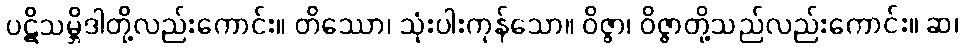
ပဋိသမ္ဘိဒါတို့လည်းကောင်း။ တိဿော၊ သုံးပါးကုန်သော။ ဝိဇ္ဇာ၊ ဝိဇ္ဇာတို့သည်လည်းကောင်း။ ဆ၊